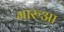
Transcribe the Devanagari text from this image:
मारुआ